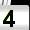
Digit: 4